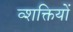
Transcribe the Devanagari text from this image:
व्शक्तियों